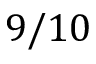
9 / 1 0